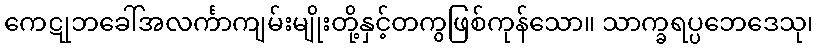
ကေဋုဘခေါ်အလင်္ကာကျမ်းမျိုးတို့နှင့်တကွဖြစ်ကုန်သော။ သာက္ခရပ္ပဘေဒေသု၊